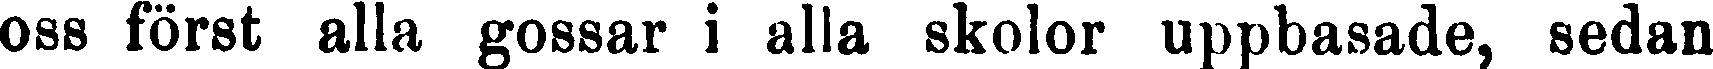
oss först alla gossar i alla skolor uppbasade, sedan